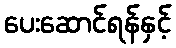
ပေးဆောင်ရန်နှင့်